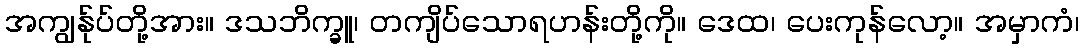
အကျွန်ုပ်တို့အား။ ဒသဘိက္ခူ၊ တကျိပ်သောရဟန်းတို့ကို။ ဒေထ၊ ပေးကုန်လော့။ အမှာကံ၊